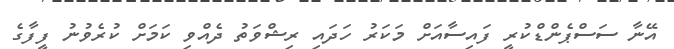
އޭނާ ސަސްޕެންޑްކުރީ ފައިސާއަށް މަކަރު ހަދައި ރިޝްވަތު ދެއްވި ކަމަށް ކުރެވުނު ފީފާގެ